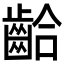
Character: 𪘁